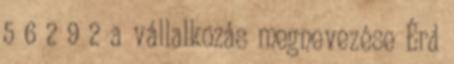
5 6 2 9 2 a vállalkozás megnevezése Érd